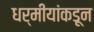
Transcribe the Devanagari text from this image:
धर्मीयांकडून